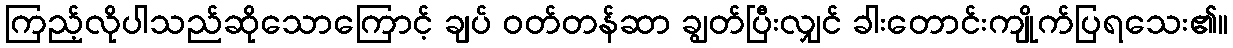
ကြည့်လိုပါသည်ဆိုသောကြောင့် ချပ် ဝတ်တန်ဆာ ချွတ်ပြီးလျှင် ခါးတောင်းကျိုက်ပြရသေး၏။